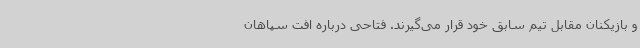
و بازیکنان مقابل تیم سابق خود قرار می‌گیرند. فتاحی درباره افت سپاهان